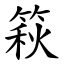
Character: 篍